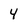
Character: 4